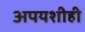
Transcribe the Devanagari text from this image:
अपयशीही